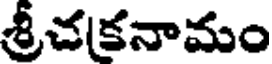
శ్రీచకనామం